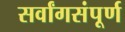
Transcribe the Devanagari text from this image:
सर्वांगसंपूर्ण